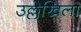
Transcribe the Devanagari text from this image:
उल्लेखिला